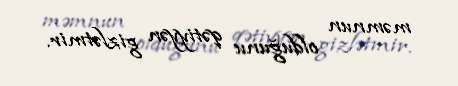
məmnun olduğunu qətiyyən gizlətmir.